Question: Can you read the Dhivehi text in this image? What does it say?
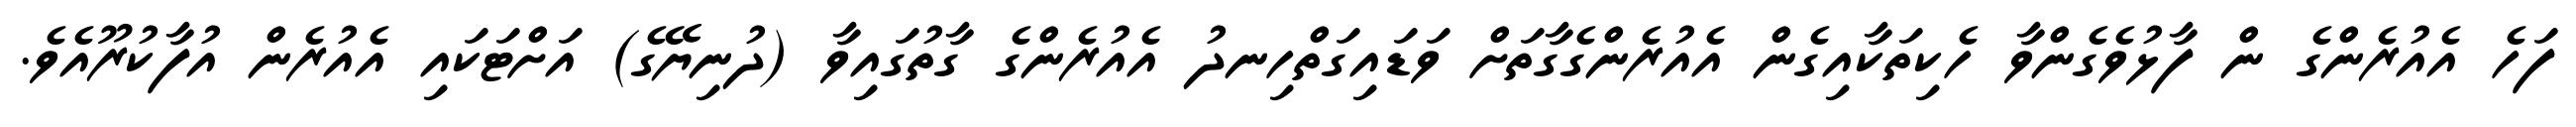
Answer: ފަހެ އެއުރެންގެ ން ފާޅުވެގެންވާ ހެކިތަކާއިގެން އެއުރެންގެގާތަށް ވަޑައިގަތްހިނދު އެއުރެންގެ ގާތުގައިވާ (ދުނިޔޭގެ) އަށްޓަކައި އެއުރެން އުފާކުރޫއެވެ.